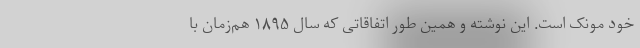
خود مونک است. این نوشته و همین طور اتفاقاتی که سال ۱۸۹۵ هم‌زمان با